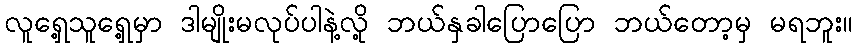
လူရှေ့သူရှေ့မှာ ဒါမျိုးမလုပ်ပါနဲ့လို့ ဘယ်နှခါပြောပြော ဘယ်တော့မှ မရဘူး။